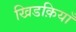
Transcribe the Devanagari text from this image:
खिडक़ियाँ